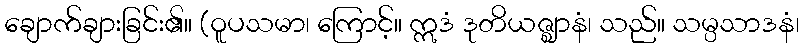
ချောက်ချားခြင်း၏။ (ဝူပသမာ၊ ကြောင့်။ ဣဒံ ဒုတိယဇ္ဈာနံ၊ သည်။ သမ္ပသာဒနံ၊